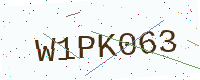
Text: W1PK063